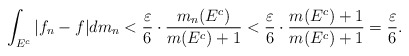
\begin{align*}\int_{E^c}|f_n-f|dm_n< \frac{ \varepsilon }{6} \cdot \frac{m_n(E^c )}{m(E^c)+1}< \frac{ \varepsilon }{6} \cdot \frac{ m(E^c)+1}{m(E^c)+1} =\frac{ \varepsilon }{6}.\end{align*}